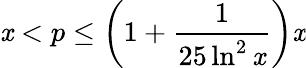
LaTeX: \mathit{x}<p\leq\left(1+{\frac{{1}}{{25\ln^{2}{\mathit{x}}}}}\right)\mathit{x}